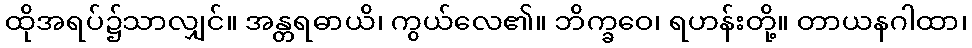
ထိုအရပ်၌သာလျှင်။ အန္တရဓာယိ၊ ကွယ်လေ၏။ ဘိက္ခဝေ၊ ရဟန်းတို့။ တာယနဂါထာ၊